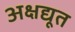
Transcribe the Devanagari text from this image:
अक्षद्यूत